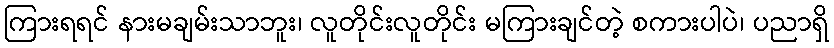
ကြားရရင် နားမချမ်းသာဘူး၊ လူတိုင်းလူတိုင်း မကြားချင်တဲ့ စကားပါပဲ၊ ပညာရှိ